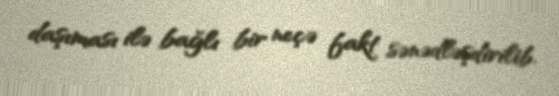
daşıması ilə bağlı bir neçə fakt sənədləşdirilib.